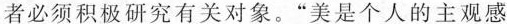
者必须积极研究有关对象。”美是个人的主观感